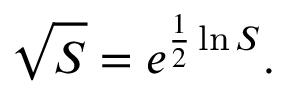
{ \sqrt { S } } = e ^ { { \frac { 1 } { 2 } } \ln S } .